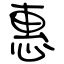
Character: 惠